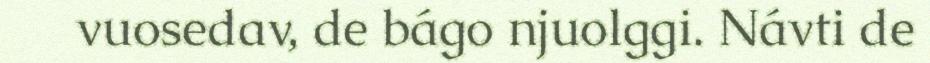
vuosedav, de bágo njuolggi. Návti de